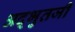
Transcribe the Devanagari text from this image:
अद्भुतजी